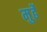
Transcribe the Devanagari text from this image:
मुर्ढे